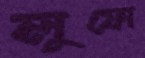
লুফো